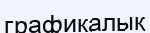
графикалық